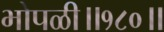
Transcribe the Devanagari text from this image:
भोपळी॥१८०॥